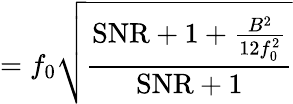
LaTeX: =f_{0}{\sqrt{\frac{\mathrm{SNR}+1+{\frac{B^{2}}{12f_{0}^{2}}}}{\mathrm{SNR}+1}}}